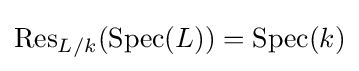
\operatorname {Res} _{L/k}(\operatorname {Spec} (L))=\operatorname {Spec} (k)